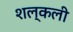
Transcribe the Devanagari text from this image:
शल्कली